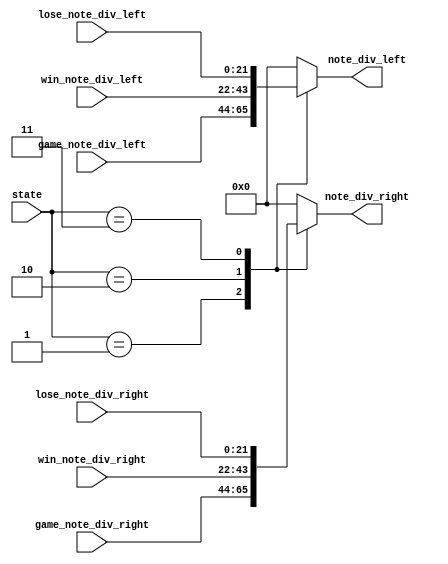
`timescale 1ns / 1ps
//////////////////////////////////////////////////////////////////////////////////
// Company: 
// Engineer: 
// 
// Design Name: 
// Module Name: buzzer_select
// Project Name: 
// Target Devices: 
// Tool Versions: 
// Description: 
// 
// Dependencies: 
// 
// Revision:
// Revision 0.01 - File Created
// Additional Comments:
// 
//////////////////////////////////////////////////////////////////////////////////


module buzzer_select(
    input [1:0]state,
    input [21:0]game_note_div_right,
    input [21:0]game_note_div_left,
    input [21:0]win_note_div_right,
    input [21:0]win_note_div_left,
    input [21:0]lose_note_div_right,
    input [21:0]lose_note_div_left,
    output reg [21:0]note_div_right,
    output reg [21:0]note_div_left
    );
    
    always@*
    case(state)
    4'b01:
    begin
        note_div_right = game_note_div_right;
        note_div_left = game_note_div_left;
    end
    4'b10:
    begin
        note_div_right = win_note_div_right;
        note_div_left = win_note_div_left;
    end
    4'b11:
    begin
        note_div_right = lose_note_div_right;
        note_div_left = lose_note_div_left;
    end
    default 
    begin
        note_div_right = 22'd0;
        note_div_left = 22'd0;
    end
    endcase
    
    
    
endmodule